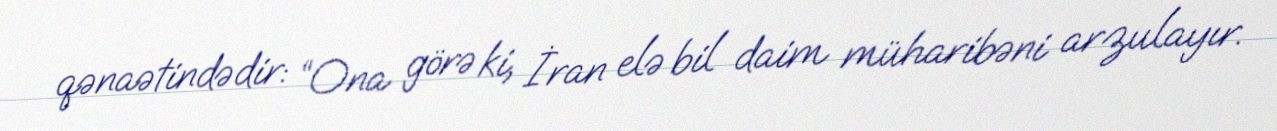
qənaətindədir: “Ona görə ki, İran elə bil daim müharibəni arzulayır.